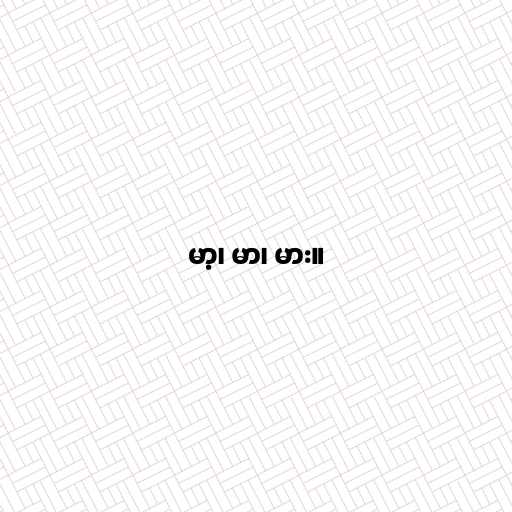
မာ့၊ မာ၊ မား။